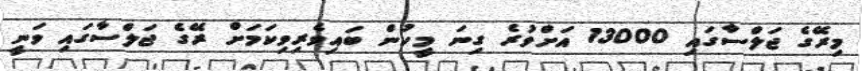
މިރޭގެ ޖަލްސާގައި 13000 އަށްވުރެ ގިނަ މީހުން ބައިވެރިވިކަމަށް ރޭގެ ޖަލްސާގައި ވަނީ